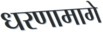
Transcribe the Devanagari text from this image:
धरणामागे